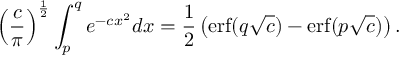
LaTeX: \left( { \frac { c } { \pi } } \right) ^ { \frac { 1 } { 2 } } \int _ { p } ^ { q } e ^ { - c x ^ { 2 } } d x = { \frac { 1 } { 2 } } \left( \operatorname { e r f } ( q { \sqrt { c } } ) - \operatorname { e r f } ( p { \sqrt { c } } ) \right) .